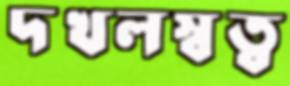
দখলস্বত্ব